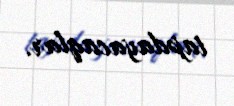
tapdayacaqlar.